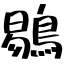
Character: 鶍